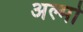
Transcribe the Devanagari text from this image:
अल्मो